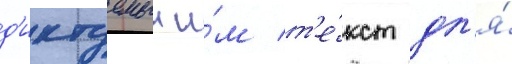
д'иктуемыи и́м т'е́кст дл'я́